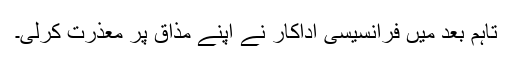
تاہم بعد میں فرانسیسی اداکار نے اپنے مذاق پر معذرت کرلی۔